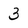
Character: 3